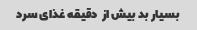
بسیار بد بیش از  دقیقه غذای سرد